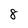
Character: 8